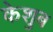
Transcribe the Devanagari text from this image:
केशुब